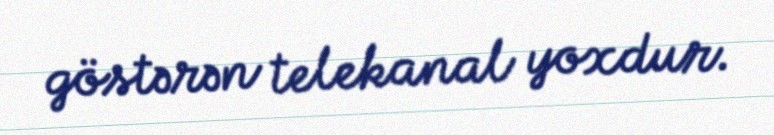
göstərən telekanal yoxdur.